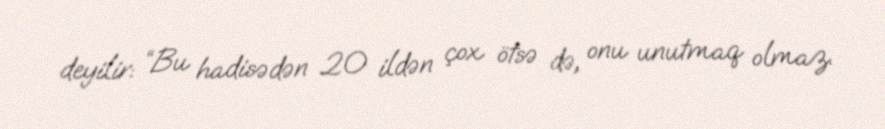
deyilir: “Bu hadisədən 20 ildən çox ötsə də, onu unutmaq olmaz.